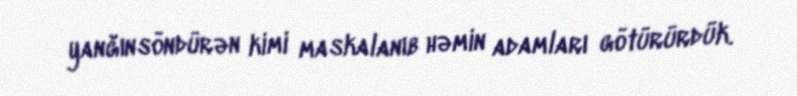
yanğınsöndürən kimi maskalanıb həmin adamları götürürdük.